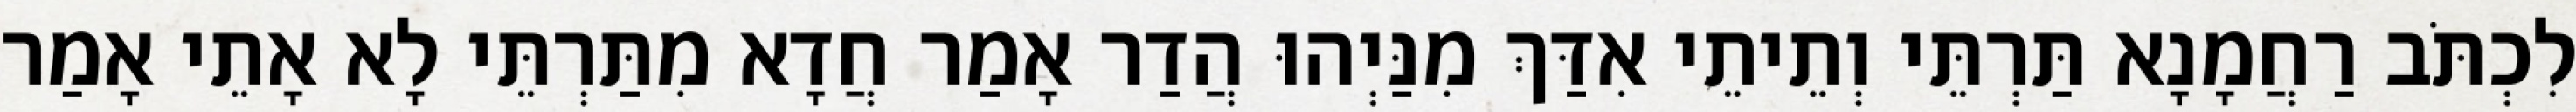
לִכְתֹּב רַחֲמָנָא תַּרְתֵּי וְתֵיתֵי אִדַּךְ מִנַּיְהוּ הֲדַר אָמַר חֲדָא מִתַּרְתֵּי לָא אָתֵי אָמַר